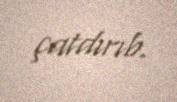
çatdırıb.